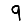
Digit: 9